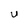
Character: U